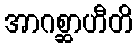
အာဂစ္ဆာဟီတိ